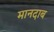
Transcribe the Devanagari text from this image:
मानदाब